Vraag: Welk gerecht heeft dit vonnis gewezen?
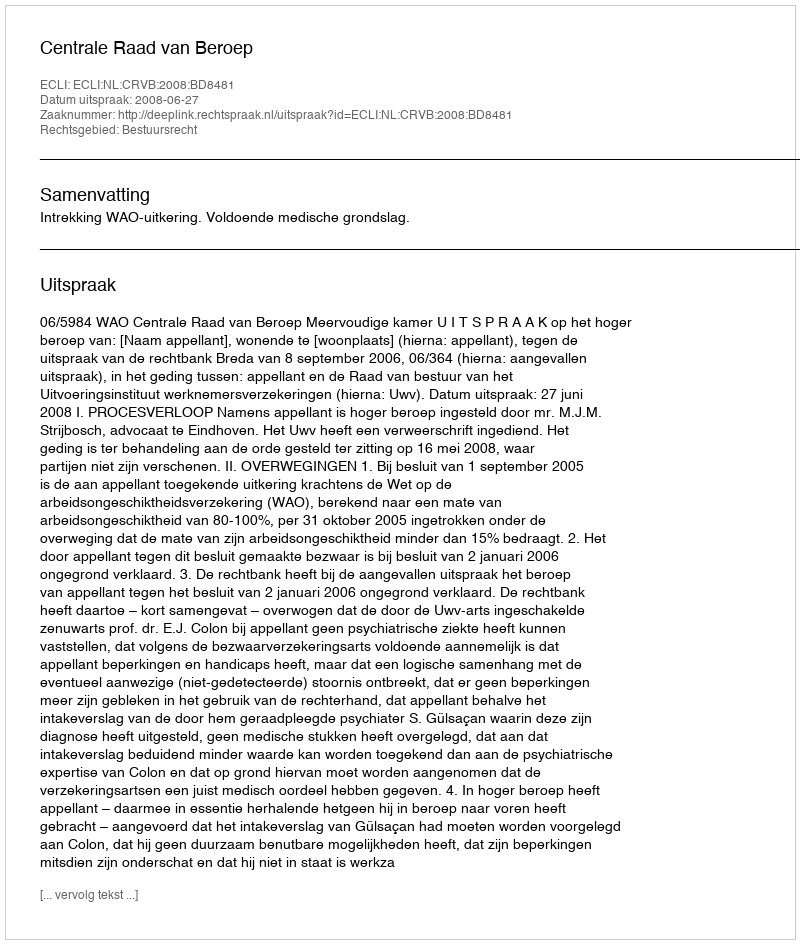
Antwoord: Centrale Raad van Beroep